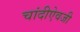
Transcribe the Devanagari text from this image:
चांदीऐवजी